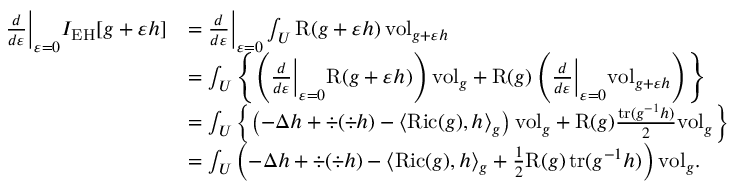
\begin{array} { r l } { \frac { d } { d \varepsilon } \bigg \vert _ { \varepsilon = 0 } I _ { \mathrm { E H } } [ g + \varepsilon h ] } & { = \frac { d } { d \varepsilon } \bigg \vert _ { \varepsilon = 0 } \int _ { U } \mathrm { R } ( g + \varepsilon h ) \, \mathrm { v o l } _ { g + \varepsilon h } } \\ & { = \int _ { U } \left\{ \left( \frac { d } { d \varepsilon } \bigg \vert _ { \varepsilon = 0 } \mathrm { R } ( g + \varepsilon h ) \right) \mathrm { v o l } _ { g } + \mathrm { R } ( g ) \left( \frac { d } { d \varepsilon } \bigg \vert _ { \varepsilon = 0 } \mathrm { v o l } _ { g + \varepsilon h } \right) \right\} } \\ & { = \int _ { U } \left\{ \left( - \Delta h + \div ( \div h ) - \langle \mathrm { R i c } ( g ) , h \rangle _ { g } \right) \mathrm { v o l } _ { g } + \mathrm { R } ( g ) \frac { \mathrm { t r } ( g ^ { - 1 } h ) } { 2 } \mathrm { v o l } _ { g } \right\} } \\ & { = \int _ { U } \left( - \Delta h + \div ( \div h ) - \langle \mathrm { R i c } ( g ) , h \rangle _ { g } + \frac { 1 } { 2 } \mathrm { R } ( g ) \, \mathrm { t r } ( g ^ { - 1 } h ) \right) \mathrm { v o l } _ { g } . } \end{array}